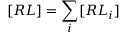
[ R L ] = \sum _ { i } [ R L _ { i } ]